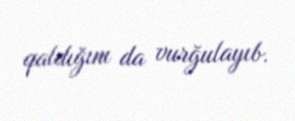
qaldığını da vurğulayıb.